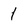
Character: 1